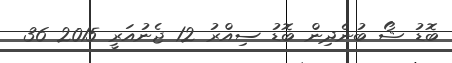
ބޮޑު ޝޯ ބުނެދިން ބޮޑު ސިއްރު 12 ޖެނުއަރީ 2015 36